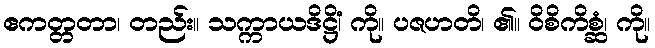
ဧကတ္တတာ၊ တည်း။ သက္ကာယဒိဋ္ဌိံ၊ ကို။ ပဇဟတိ၊ ၏။ ဝိစိကိစ္ဆံ၊ ကို။